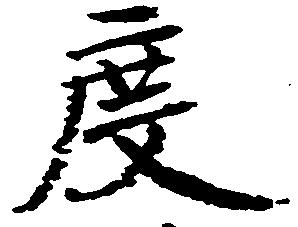
度